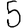
Digit: 5